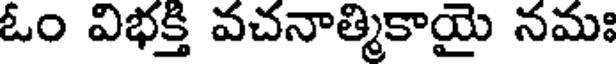
ఓం విభక్తి వచనాత్మికాయై నమః